Civil Veterinary Department Bengal reports 1923-33 - 1923-1933
Year: 1923
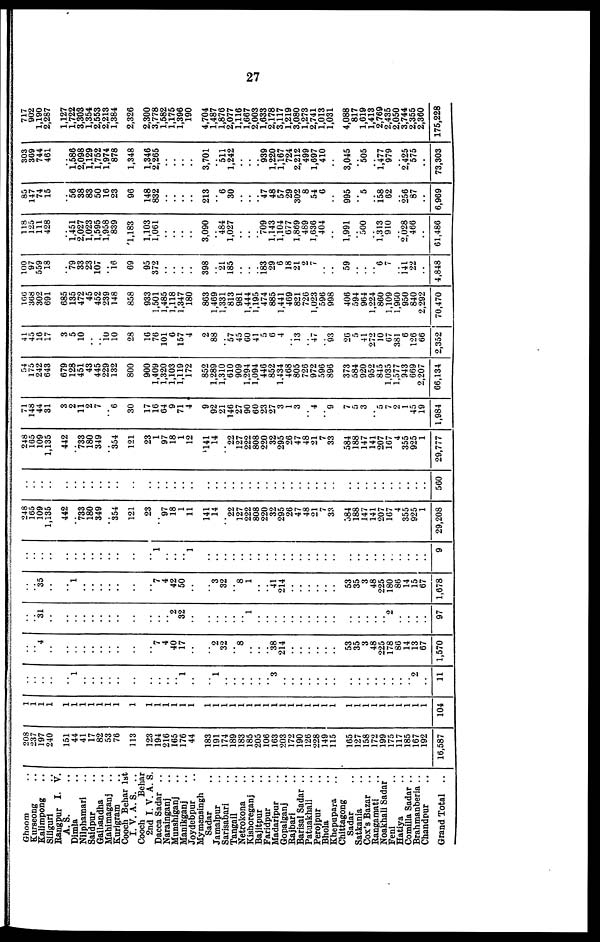
27
Ghoom ..
Kurseong ..
Kalimpong ..
Siliguri ..
Rangpur I. V.
Dimla ..
Nilphamari ..
Saidpur ..
Gaibandha ..
Mahimaganj ..
Kurigram ..
Cooch Behar 1st
I. V. A. S. ..
Cooch
Behar
2nd I. V. A. S.
Dacca Sadar ..
Narainganj ..
Munshiganj ..
Manikganj ..
Joydebpur ..
Mymensingh
Sadar
..
Jamalpur ..
Sarisabari ..
Tangali ..
Netrokona ..
Kishoreganj ..
Bajitpur ..
Faridpur ..
Madaripur
..
Gopalganj
..
Rajbari ..
Barisal Sadar ..
Patuakhali ..
Perojpur ..
Bhola ..
Khepupara ..
Chittagong
Sadar
..
Satkania
Cox's Bazar
Rangamati
Noakhali Sadar
Feni ..
Hatiya ..
Comilla Sadar ..
Brahmanberia ..
Chandpur ..
Grand Total ..
208
237
197
240
151
44
41
17
82
53
76
113
123
194
210
105
176
44
183
191
174
189
183
185
205
106
163
203
172
190
126
228
149
115
105
127
158
172
199
175
117
185
167
192
16,587
1 1
1
1
1
1
1
1
1
1
1
1
1
1
1
1
1
1
1
1
1
1
1
1
1
1
1
1
1
1
1
1
1
1
1
1
1
1
1
1
1
1
1
1
104
..
..
..
..
..
1
..
..
..
..
..
..
..
..
..
..
1
..
..
1
..
..
..
..
..
..
3
..
..
..
..
..
..
..
..
..
..
..
..
..
..
.. 2
..
11
..
..
4
..
..
..
..
..
..
..
..
..
..
7
4
40
17
..
..
2
32
..
8
..
..
..
38
214
..
..
..
..
..
..
53
35
3
48
225
178
80
14
13
67
1,570
..
..
31
..
..
..
..
..
..
..
..
..
..
..
..
2
32
..
..
..
..
..
..
1
..
..
..
..
..
..
..
..
..
..
..
..
..
..
.. 2
..
..
..
..
97
..
..
35
..
..
1
..
..
..
..
..
..
..
"7
4
42
50
..
..
3
32
8
1
..
..
41
214
..
..
..
..
..
..
53
35
3
48
225
180
86
14
15
67
1,678
..
..
..
..
..
..
..
..
..
..
..
..
..
1
..
1
..
..
..
..
..
..
..
..
..
..
..
..
..
..
..
..
9
248
165
109
1,135
442
..
733
180
349
..
354
121
23
97
18
1
11
141
14
"22
127
222
808
220
32
295
26
47
48
21
7
33
384
188
147
141
207
107
4
355
925
1
29,208
..
..
..
..
..
..
..
..
..
..
..
..
..
..
..
..
..
..
..
..
..
..
..
..
..
..
..
..
..
..
..
..
..
..
..
..
..
..
..
..
..
..
560
248
105
109
1,135
442
733
180
349
354
121
23
1
97
18
1
12
141
14
22
127
222
808
220
32
295
20
47
48
21
7
33
584
188
147
141
207
107
4
355
925
1
29,777
71
148
44
31
3
2
11
2
7
6
30
17
10
64
9
71
4
9
92
21
140
27
90
60
23
27
3
1
3
..
4
..
9
7
5
3
..
5 7
2
1
45
19
1,984
54
175
242
643
679
128
451
43
445
229
132
800
900
1,409
1,320
1,103
1,119
172
852
1,289
1,310
610
909
1,294
1,094
440
852
1.434
408
805
720
972
596
890
373
584
920
952
845
1,035
1,577
943
669
2,207
66,134
41
45
10
17
3
5
10
10
10
28
10
70
101
6
157
4
2
88
57
45
00
41
5
0
4
13
47
93
20
5
41
272
"l0
07
381
6
126
66
2,352
166
368
302
691
685
135
472
45
452
239
148
858
933
1,501
1,485
1,118
1,347
180
803
1,409
1,331
813
981
1,444
1,195
474
885
1,441
469
821
720
1,023
596
998
406
594
904
1,224
800
1,109
1,900
950
840
2,292
70,470
100
97
559
18
..
79
33
23
107
16
09
95
372
..
..
..
..
398
..
21
185
..
..
..
183
29
6
18
21
2
7
..
..
59
..
..
6 7
..
141
22
..
4,848
118
125
111
428
..
1,451
2,027
1,023
1,595
1,958
839
1,183
1,103
1,061
..
..
..
..
3,090
..
484
1,027
..
..
..
709
1.143
1,104
077
1,869
489
1,030
404
..
1,991
..
500
..
1,313 910
..
2,028
460
..
01,480
85
147
74
15
..
56
38
83
50
10
23
90
148
832
..
..
..
..
213
..
6
30
..
..
..
47
48
57
29
302
8
54
6
..
995
..
5
..
158 02
..
256
87
..
6,969
303
309
744
461
..
1,586
2,098
1,129
1,752
1,974
878
1,348
1,346
2,265
..
..
..
..
3,701
..
511
1,242
..
..
..
939
1,220
1,167
724
2,212
499
1,697
410
..
3,045
..
505
..
1,477 979
..
2,425
575
..
73,303
717
902
1,190
2,287
1,127
1,722
3,303
1,354
2,553
2,213
1,384
2,326
2,300
3,778
1,582
1,175
1,396
190
4,704
1,487
1,876
2,077
1,116
1,667
2,003
1,633
2,178
3,117
1,219
3,080
1,273
2,741
1,013
1,031
4,088
817
1,619
1,413
2,769
2,435
2,050
3,744
2,355
2,360
175,228